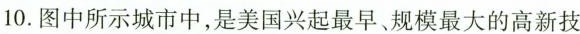
10.图中所示城市中，是美国兴起最早、规模最大的高新技